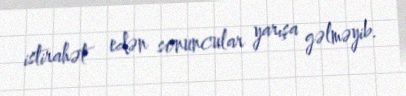
istirahət edən sonuncular yarışa gəlməyib.